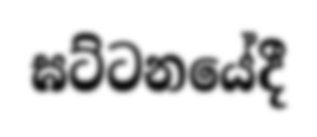
ඝට්ටනයේදී